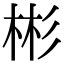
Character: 彬